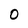
Character: 0